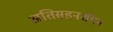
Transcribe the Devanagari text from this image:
अतिसहनशील